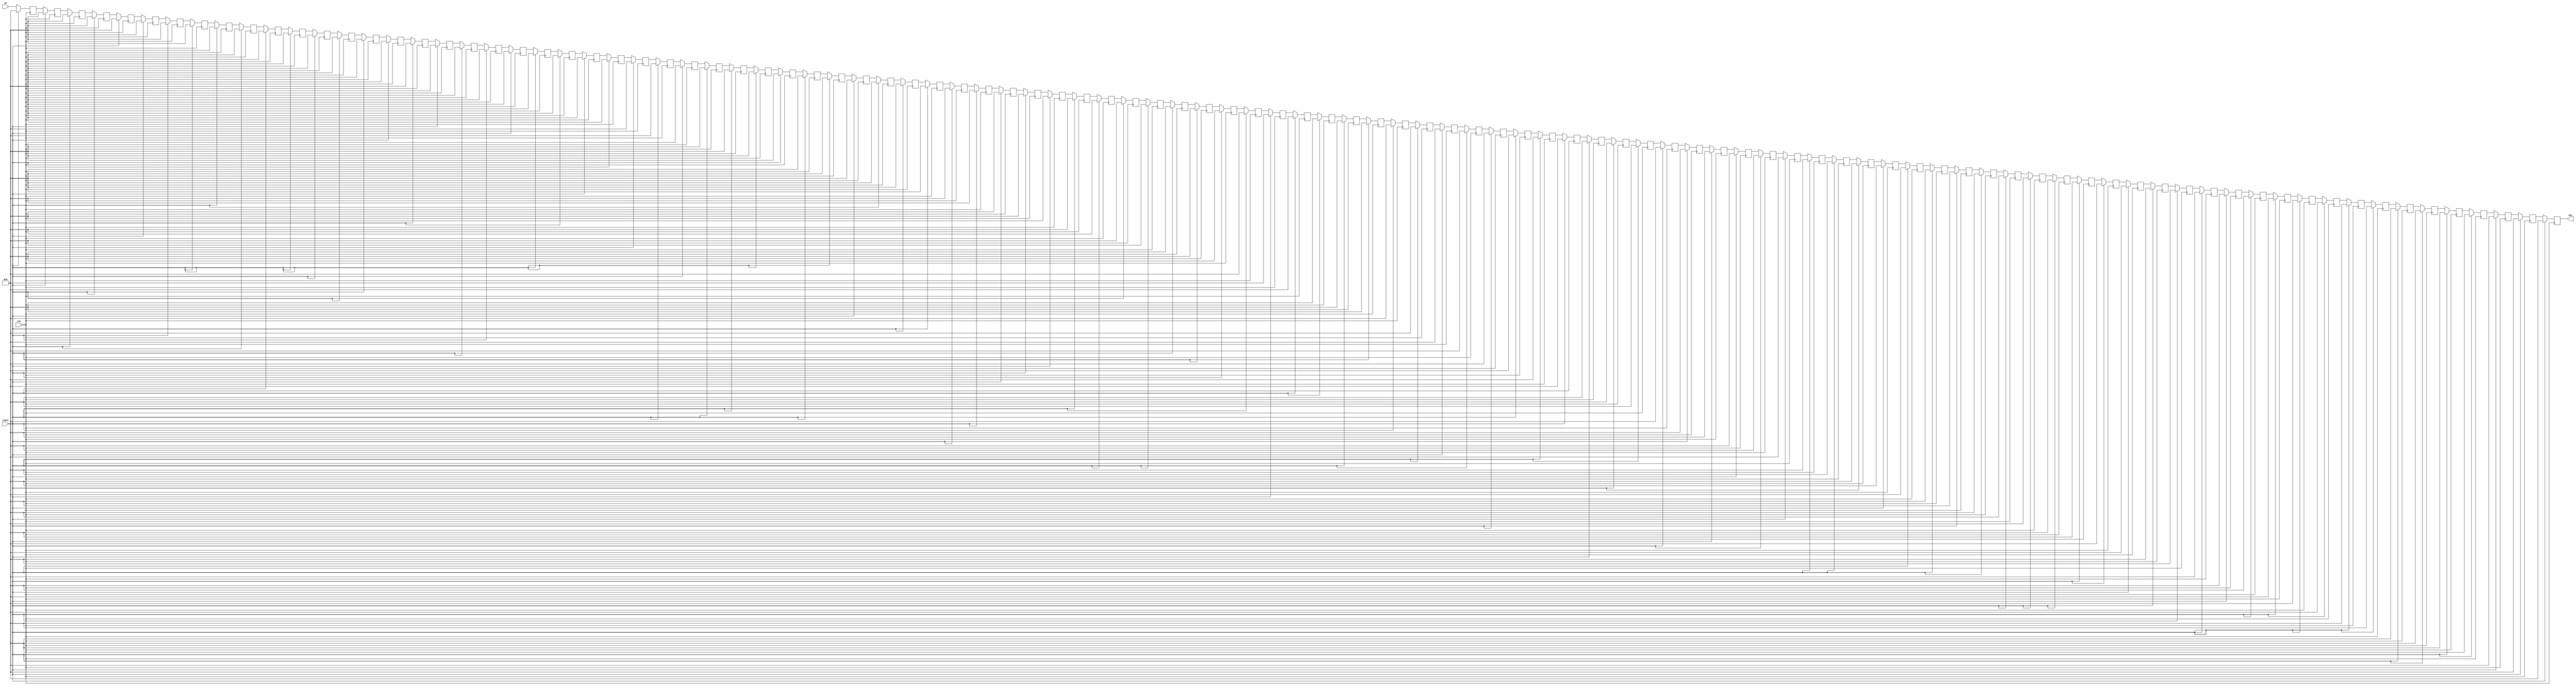
  // To include other Verilog files within a specified directory:
// cpp_verilator_include_dir:

// To specify Verilator command line options:
// cpp_verilator_options:

// To run a specified shell command before Verilator is run on this module:
// cpp_verilator_pre_command:

// -> Note that the above statements must be preceeded with '//' as shown
//The reason why we create three delay modules is that if we just use one,the program will report an error.
//So,we can only do this to avoid this problem 

//`define dly 100
//`define bw  12

module delay_try (in, clk, reset, out);


parameter dly = 104 ;

input [11:0] in;
input clk;
input reset;
output wire  [11:0] out;

reg [11:0] din_dly[dly-1:0];

always@(posedge clk) begin
    if( reset == 1'b1 )
      din_dly[0] <= 0   ;
    else
      din_dly[0] <= in ;
end

  genvar i;
  generate for(i = 1; i < dly; i = i + 1) begin
    always@(posedge clk) begin
      if( reset == 1'b1 )
        din_dly[i] <= 0               ;
      else
        din_dly[i] <= din_dly[i - 1]  ;
      end
  end
  endgenerate
  
  assign out = din_dly[dly - 1]  ;

endmodule